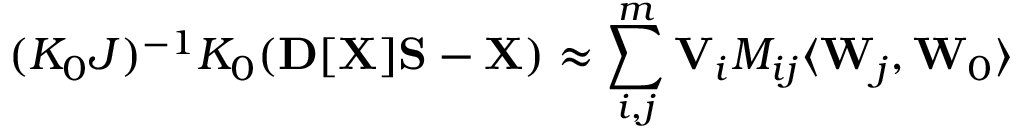
( { \cal K } _ { 0 } { \cal J } ) ^ { - 1 } { \cal K } _ { 0 } ( { \bf D } [ { \bf X } ] { \bf S } - { \bf X } ) \approx \sum _ { i , j } ^ { m } { \bf V } _ { i } M _ { i j } \langle { \bf W } _ { j } , { \bf W } _ { 0 } \rangle